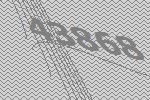
43868